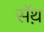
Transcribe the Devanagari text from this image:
सॅथ़